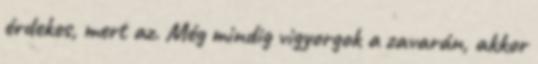
érdekes, mert az. Még mindig vigyorgok a zavarán, akkor